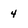
Character: 4